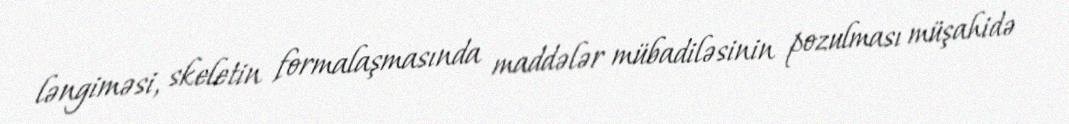
ləngiməsi, skeletin formalaşmasında maddələr mübadiləsinin pozulması müşahidə